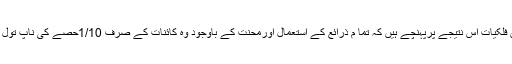
چناچہ ماہرین فلکیات اس نتیجے پرپہنچے ہیں کہ تما م ذرائع کے استعمال اورمحنت کے باوجود وہ کائنات کے صرف 1/10حصے کی ناپ تول کرسکے ہیں۔